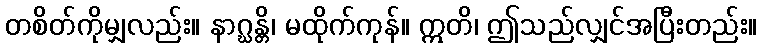
တစိတ်ကိုမျှလည်း။ နာဂ္ဃန္တိ၊ မထိုက်ကုန်။ ဣတိ၊ ဤသည်လျှင်အပြီးတည်း။